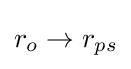
r_{o}\rightarrow r_{ps}